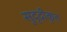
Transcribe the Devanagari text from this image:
सुदृढ़ीकृत